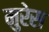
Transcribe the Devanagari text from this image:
मुरेस